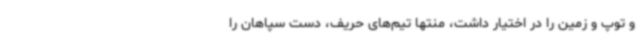
و توپ و زمین را در اختیار داشت، منتها تیم‌های حریف، دست سپاهان را